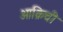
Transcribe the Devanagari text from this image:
आक्रिची